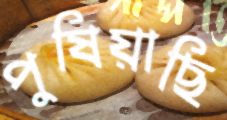
পুষিয়াছি